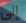
إلى